Lunatic asylums Central Provinces reports 1895-1909 - 1895-1909
Year: 1895
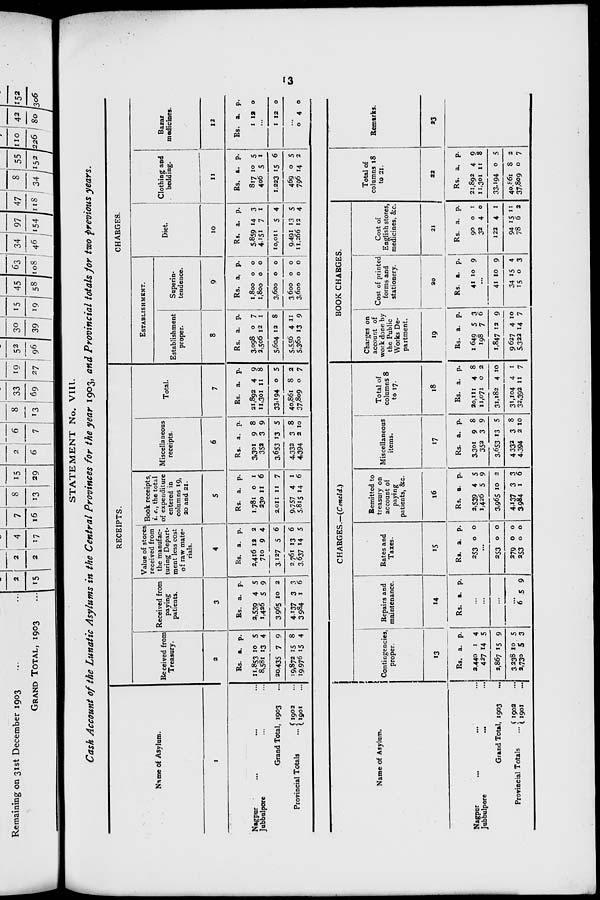
13
STATEMENT No. VIII.
Cash Account of the Lunatic Asylums in the Central Provinces for the year 1903, and Provincial totals for two previous years.
Name of Asylum.
1
Nagpur ... ... ...
Jubbulpore ... ...
Grand Total, 1903 ...
Provincial Totals
1902 ...
1901 ...
RECEIPTS.
Received from
Treasury.
2
Rs.
11,853
8,581
20,435
19,872
19,976
a.
10
13
7
15
15
p.
5
4
9
8
4
Received from
paying
patients.
3
Rs.
2,539
1,426
3,965
4,137
3,984
a.
4
5
10
3
1
p.
5
9
2
3
6
Value of stores
received from
the manufac-
turing Depart-
ment less cost
of raw mate-
rials.
4
Rs.
2,416
710
3,127
2,761
3,637
a.
12
9
5
13
14
p.
2
4
6
6
5
Book receipts,
i. e., the total
of expenditure
entered in
columns 19,
20 and 21.
5
Rs.
1,781
230
2,011
9,757
5,815
a.
0
11
11
4
14
p.
1
6
7
1
6
Miscellaneous
receipts.
6
Rs.
3,301
352
3,653
4,332
4,394
a.
9
3
13
3
2
p.
8
9
5
8
10
Total.
7
Rs.
21,892
11,301
33,194
40,861
37,809
a.
4
11
0
8
0
p.
9
8
5
2
7
CHARGES.
ESTABLISHMENT.
Establishment
proper.
8
Rs.
3,098
2,506
5,604
5,556
5,360
a.
0
12
12
4
13
p.
7
1
8
11
9
Superin-
tendence.
9
Rs.
1,800
1,800
3,600
3,600
3,600
a.
0
0
0
0
0
p.
0
0
0
0
0
Diet.
10
Rs.
5.859
4,151
10,011
9,491
11,266
a.
14
7
5
13
12
p.
3
1
4
5
4
Clothing and
bedding.
11
Rs.
817
406
1,223
469
796
a.
10
5
15
0
14
p.
5
1
6
5
2
Bazar
medicines.
12
Rs.
1
a.
12
p.
0
...
1 12
0
...
0
4 0
Name of Asylum.
Nagpur ... ...
Jubbulpore... ...
Grand Total, 1903 ...
Provincial Totals ...
1902 ...
1901 ...
CHARGES.—(Concld.)
Contingencies,
proper.
13
Rs.
2,440
427
2,867
3,238
2,730
a.
1
14
15
10
5
p.
4
5
9
5
3
Repairs and
maintenance.
14
Rs. a. p.
...
...
...
...
6 5 9
Rates and
Taxes.
15
Rs.
253
a.
0
p.
0
...
253
279
253
0
0
0
0
0
0
Remitted to
treasury on
account of
paying
patients, &c.
16
Rs.
2,539
1,426
3,965
4,137
3,984
a.
4
5
10
3
1
p.
5
9
2
3
6
Miscellaneous
items.
17
Rs.
3,301
352
3,653
4,332
4,394
a.
9
3
13
3
2
p.
8
9
5
8
10
Total of
columns 8
to 17.
18
Rs.
20,111
11,071
31,182
31,104
32,392
a.
4
0
4
4
11
p.
8
2
10
1
7
BOOK CHARGES.
Charges on
account of
work done by
the Public
Works De-
partment.
19
Rs.
1,649
198
1,847
9,627
5,322
a.
5
7
12
4
14
p.
3
6
9
10
7
Cost of printed
forms and
stationery.
20
Rs.
41
a.
10
p.
9
...
41
34
15
10
15
0
9
4
3
Cost of
English stores,
medicines, &c.
21
Rs.
90
32
122
94
78
a.
0
4
4
15
0
p.
1
0
1
11
2
Total of
columns 18
to 21.
22
Rs.
21,892
11,301
33,194
40,861
37,809
a.
4
11
0
8
0
p.
9
8
5
2
7
Remarks.
23